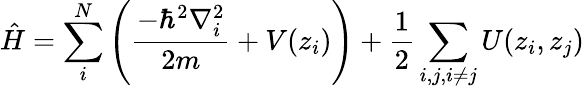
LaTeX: \hat{H}=\sum_{i}^{N}\left(\frac{-\hbar^{2}\nabla_{i}^{2}}{2m}+V(z_{i})\right)+\frac{1}{2}\sum_{i,j,i\neq j}U(z_{i},z_{j})